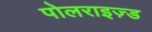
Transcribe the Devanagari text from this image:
पोलराइज़्ड